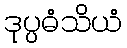
ဒုပ္ပဓံသိယံ